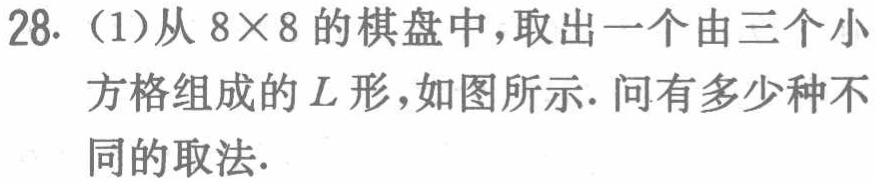
28.（1）从\(8\times 8\)的棋盘中，取出一个由三个小方格组成的\(L\)形，如图所示. 问有多少种不同的取法.